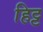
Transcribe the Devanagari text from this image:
हिट्ट